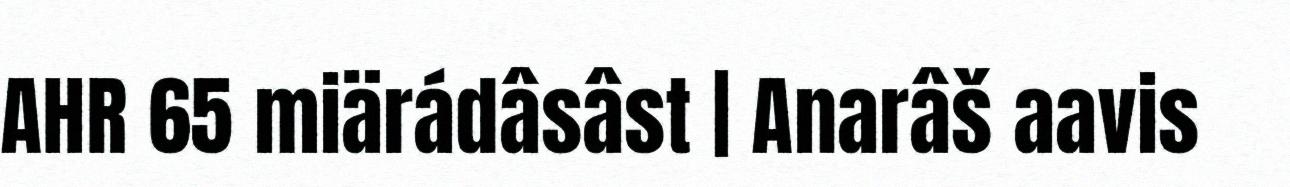
AHR 65 miärádâsâst | Anarâš aavis